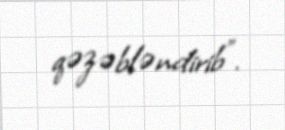
qəzəbləndirib".